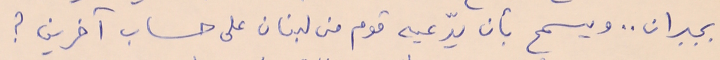
بجبران .. ويسمح بأن يدّعيه قوم من لبنان على حساب آخرين ؟